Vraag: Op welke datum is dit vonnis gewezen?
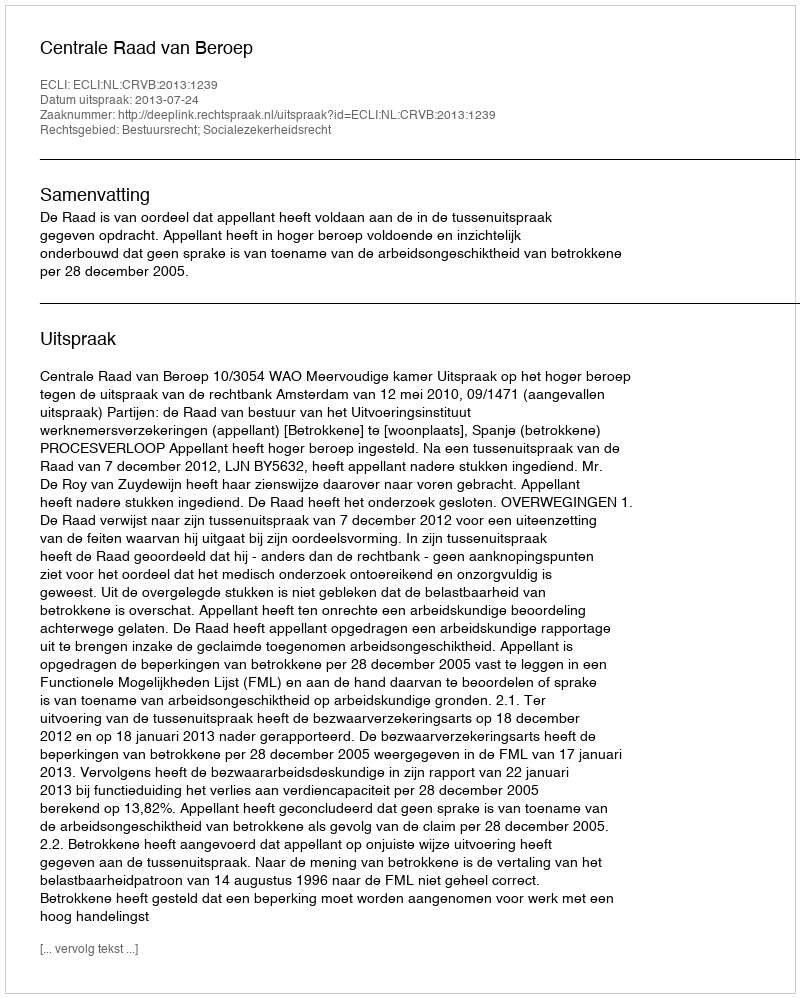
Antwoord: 2013-07-24